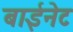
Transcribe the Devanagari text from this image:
बाईनेट